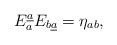
LaTeX: \begin{align*}E_a^{\underline a}E_{b\underline a}=\eta_{ab},\end{align*}